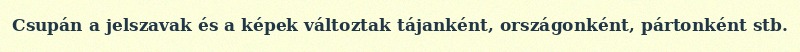
Csupán a jelszavak és a képek változtak tájanként, országonként, pártonként stb.